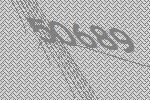
50689